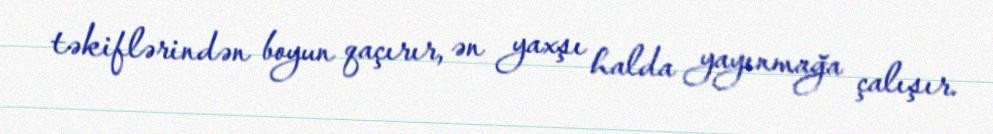
təkiflərindən boyun qaçırır, ən yaxşı halda yayınmağa çalışır.